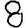
Digit: 8